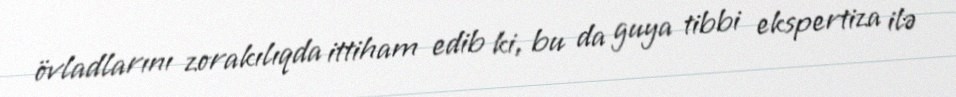
övladlarını zorakılıqda ittiham edib ki, bu da guya tibbi ekspertiza ilə